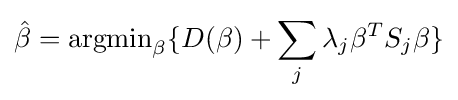
{\hat {\beta }}={\text{argmin}}_{\beta }\{D(\beta )+\sum _{j}\lambda _{j}\beta ^{T}S_{j}\beta \}